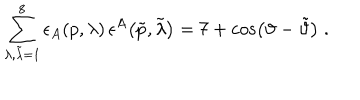
\sum _ { \lambda , \tilde { \lambda } = 1 } ^ { 8 } \epsilon _ { A } \! \left( p , \lambda \right) \epsilon ^ { A } \! \left( \tilde { p } , \tilde { \lambda } \right) = 7 + \cos \left( \vartheta - \tilde { \vartheta } \right) \; .